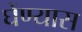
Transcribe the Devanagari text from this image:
घेंण्यास